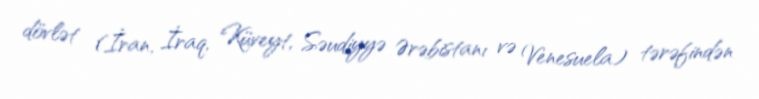
dövlət (İran, İraq, Küveyt, Səudiyyə Ərəbistanı və Venesuela) tərəfindən